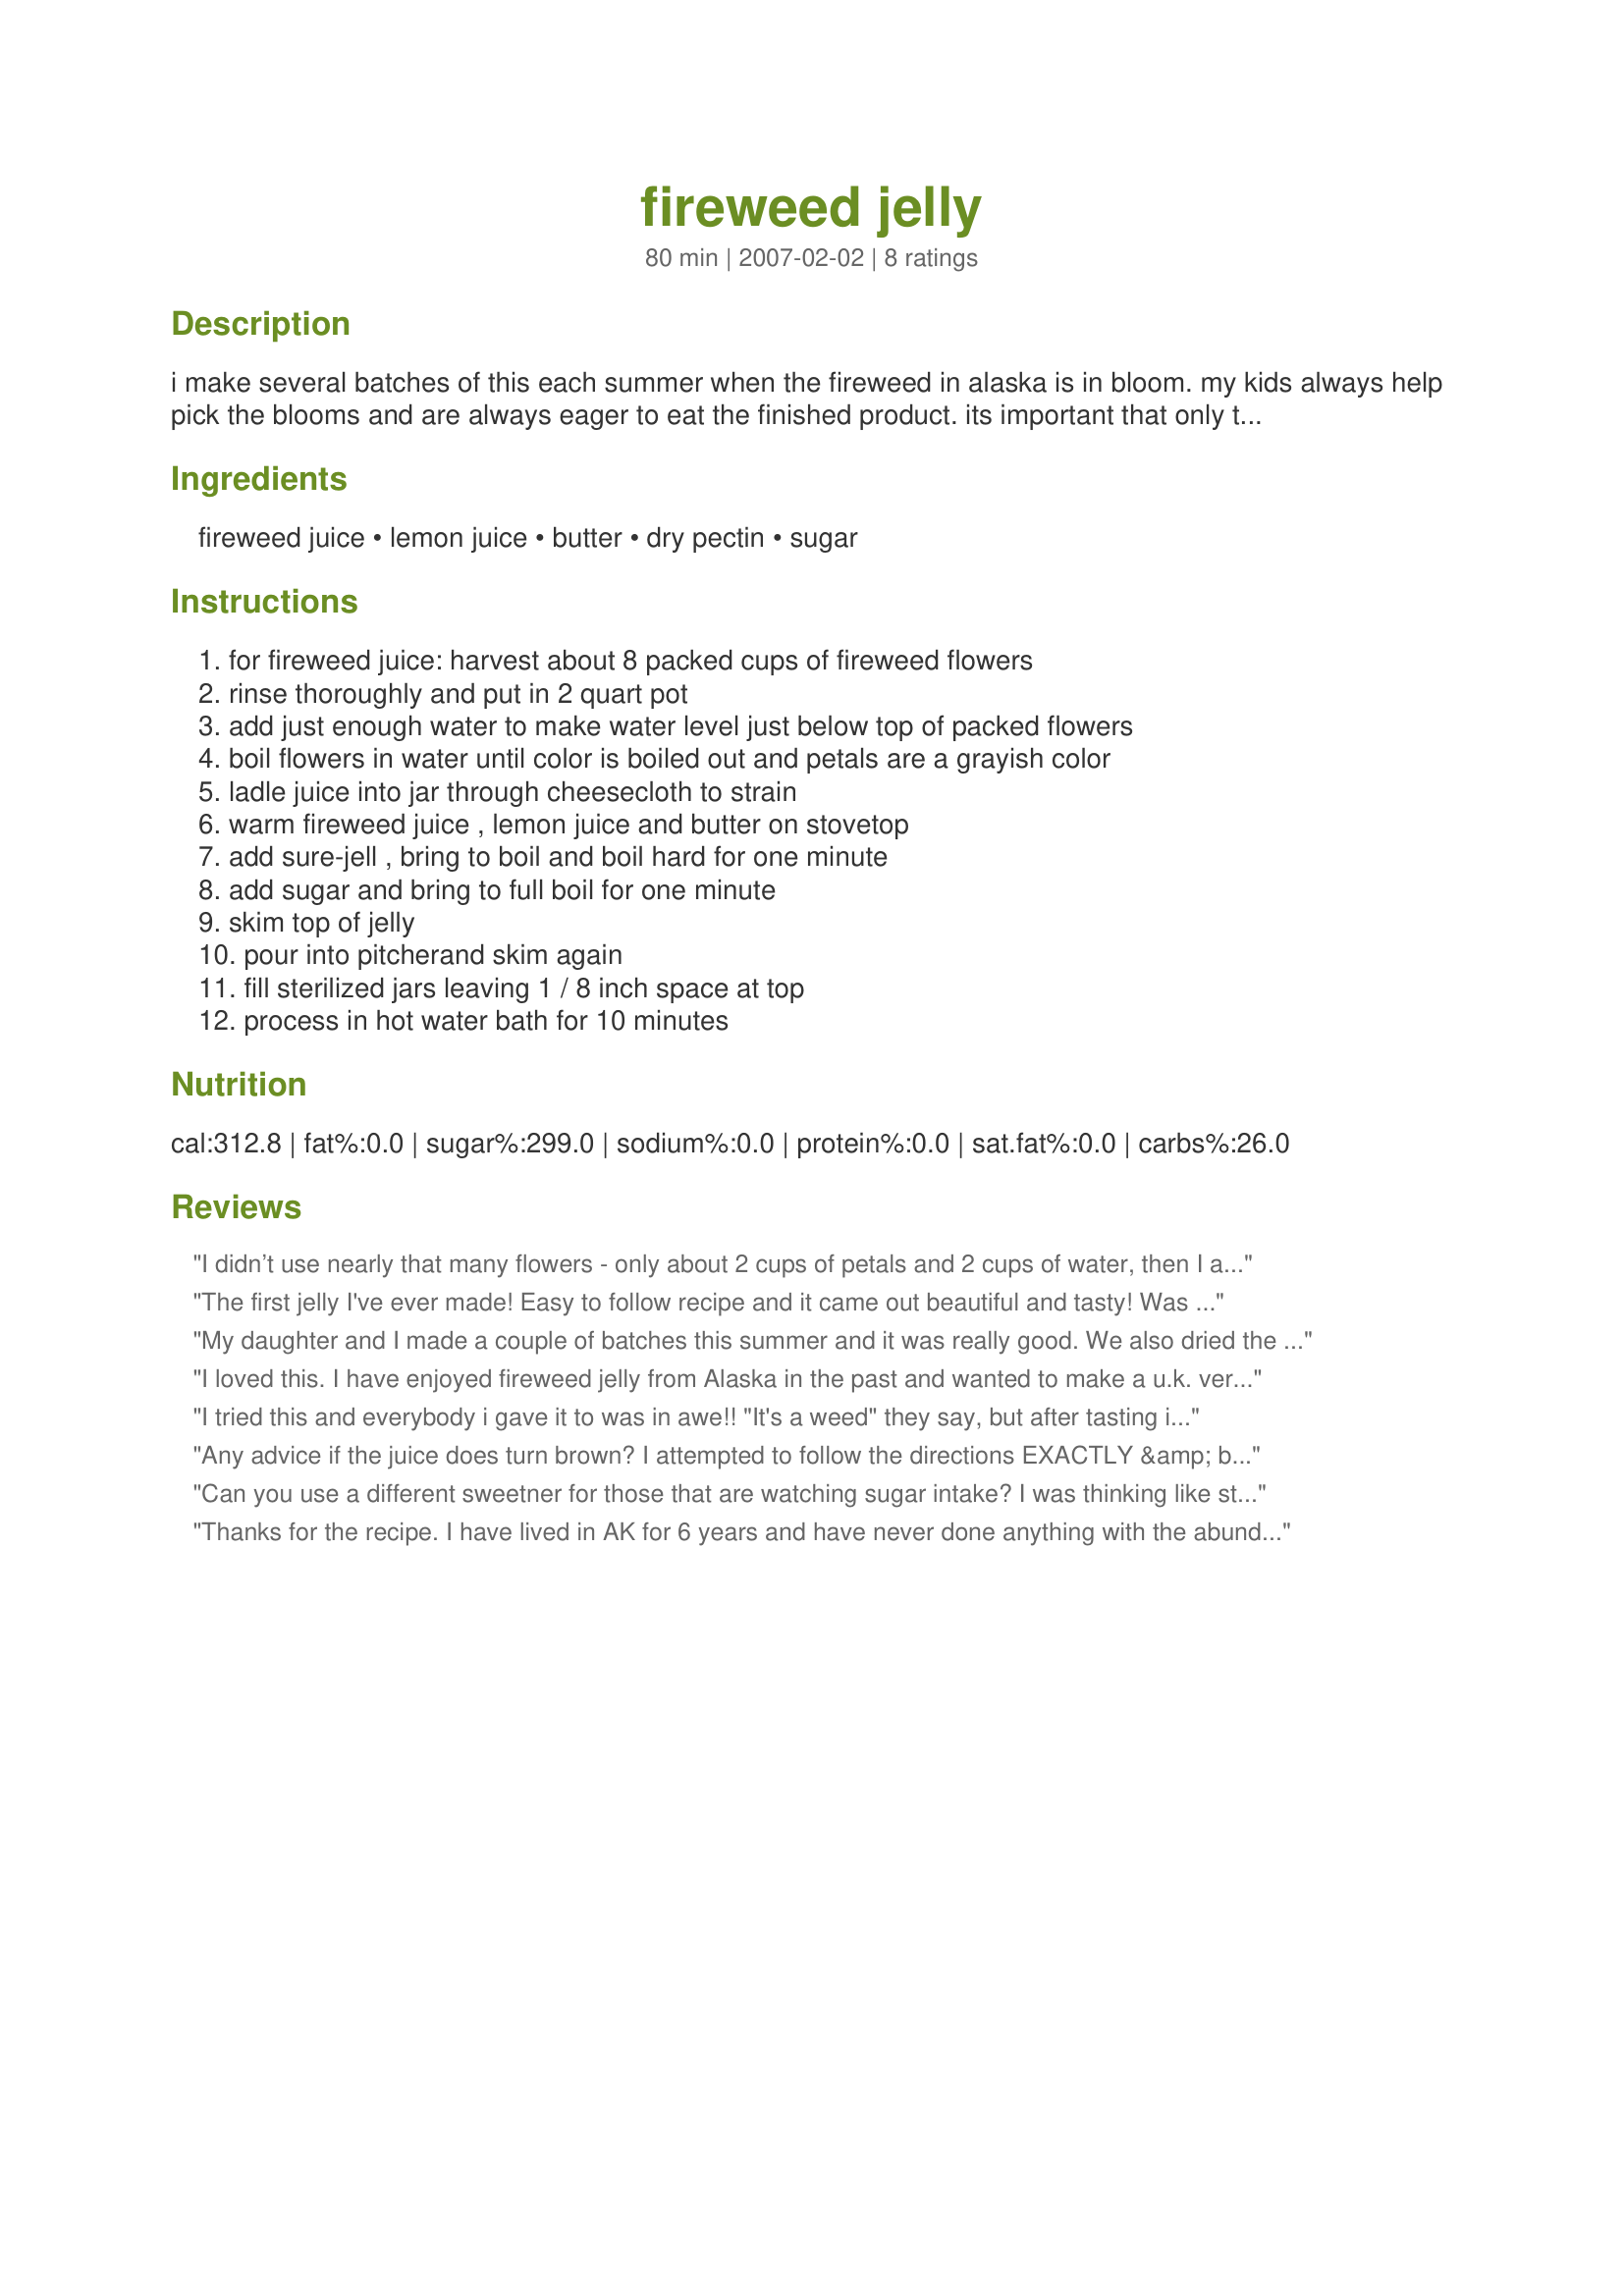
fireweed jelly
Preparation time: 80 minutes

i make several batches of this each summer when the fireweed in alaska is in bloom. my kids always help pick the blooms and are always eager to eat the finished product. its important that only the blooms are harvested - not the stems. also, i have tried this recipe several times with certo and it will not set so be sure to use sure-jell or a powdered pectin. prep time is estimated (depends on how long it takes you to pick fireweed, i guess!) extra juice can be stored in fridge or freezer.

Ingredients:
fireweed juice, lemon juice, butter, dry pectin, sugar

Steps:
for fireweed juice: harvest about 8 packed cups of fireweed flowers, rinse thoroughly and put in 2 quart pot, add just enough water to make water level just below top of packed flowers, boil flowers in water until color is boiled out and petals are a grayish color, ladle juice into jar through cheesecloth to strain, warm fireweed juice , lemon juice and butter on stovetop, add sure-jell , bring to boil and boil hard for one minute, add sugar and bring to full boil for one minute, skim top of jelly, pour into pitcherand skim again, fill sterilized jars leaving 1 / 8 inch space at top, process in hot water bath for 10 minutes

Reviews:
I didn’t use nearly that many flowers - only about 2 cups of petals and 2 cups of water, then I added the remaining half cup of water after I strained the juice. I was a little worried because the juice was brown, but after I added the other ingredients the jelly was bright pink and set just fine.
The first jelly I've ever made! Easy to follow recipe and it came out beautiful and tasty! Was planning to send 3 of the jars to friends and family, but now that he's tasted it, hubby says "We're not sending this anywhere!"
My daughter and I made a couple of batches this summer and it was really good. We also dried the leaves for tea, also very good.
I loved this. I have enjoyed fireweed jelly from Alaska in the past and wanted to make a u.k. version. I used jam sugar with pectin in and I added a bit more lemon juice, it came out just like I remembered.
I tried this and everybody i gave it to was in awe!! "It's a weed" they say, but after tasting it, they wanted the recipe. I was a little too late this summer and we had VERY hot weather, so I missed out. Darn it anyway. We just love it. I just entered in our local fair today, so I hope i get a blue ribbon. 

Shelley
Olympia, Washington
Any advice if the juice does turn brown? I attempted to follow the directions EXACTLY &amp; boiled the the flowers in VERY little water, but it STILL turned a rather ugly dark brown! Hopefully it's salvageable somehow? Other than the nasty looking color it seems to be VERY fragrant &amp; decent juice... Thought perhaps food coloring? Or maybe just boiling it until it reduces? Please, ANY advice or help would be great, it's so late in the season I'm unsure I'll be able to find more &amp; was REALLY disappointed in myself if I've managed to ruin this batch beyond rescue!
Can you use a different sweetner for those that are watching sugar intake? I was thinking like stevia or honey?
Thanks for the recipe. I have lived in AK for 6 years and have never done anything with the abundant fireweed. I love making jelly each summer, so decided to give this a try. My jelly did not set so I had to give it another try the following day with a second box of pectin and it turned out great. It tastes a little like cranberry jelly to me. We are really enjoying it. Thanks for the recipe.
